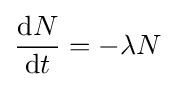
{\frac {\mathrm {d} N}{\mathrm {d} t}}=-\lambda N